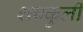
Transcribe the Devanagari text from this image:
शषकुली